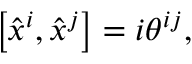
\left[ \hat { x } ^ { i } , \hat { x } ^ { j } \right] = i \theta ^ { i j } ,